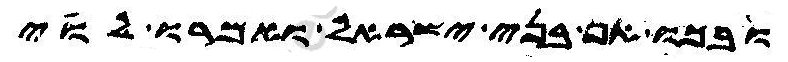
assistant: ובכו אף בני ישראל ואמרו לוי